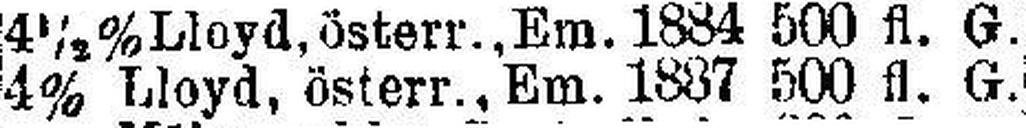
4% Lloyd, österr., Em. 1887 500 fl. G.